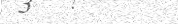
٤٦